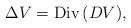
LaTeX: \begin{align*} \Delta V={\rm Div}\, (DV), \end{align*}